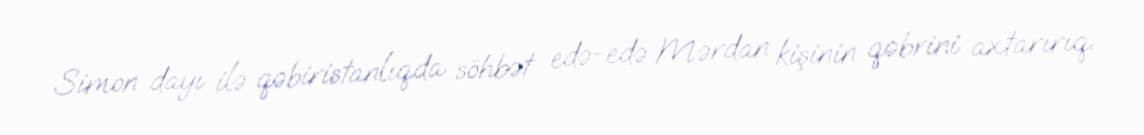
Simon dayı ilə qəbiristanlıqda söhbət edə-edə Mərdan kişinin qəbrini axtarırıq.